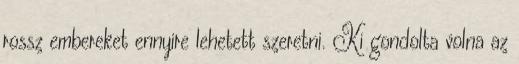
rossz embereket ennyire lehetett szeretni. Ki gondolta volna az